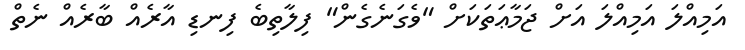
އަމިއްލަ އަމިއްލަ އަށް ޖަމާޢަތަކަށް "ވެގަނެގެން" ފިލާތިބެ ފިނޑި އާރެއް ބާރެއް ނެތް